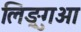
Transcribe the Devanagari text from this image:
लिङ्गुआ